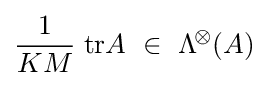
{\frac {1}{KM}}\;{\mathrm {tr} }A\ \in \ \mathrm {\Lambda } ^{\!\otimes }\!\left({A}\right)